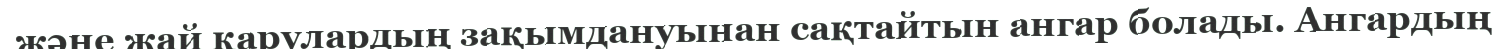
және жай қарулардың зақымдануынан сақтайтын ангар болады. Ангардың